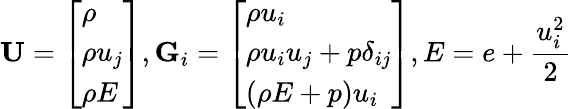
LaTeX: \textbf{U}=\left[\begin{array}{l}{\rho}\\ {\rho u_{j}}\\ {\rho E}\end{array}\right],\textbf{G}_{i}=\left[\begin{array}{l}{\rho u_{i}}\\ {\rho u_{i}u_{j}+p\delta_{ij}}\\ {(\rho E+p)u_{i}}\end{array}\right],E=e+\frac{u_{i}^{2}}{2}